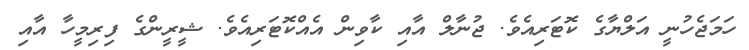
ހަމަޖެހުނީ އަލްޔާގެ ކޮޓަރިއެވެ. ޖުނާލް އާއި ކާވިން އެއްކޮޓަރިއެވެ. ޝީރީންގެ ފިރިމީހާ އާއި